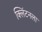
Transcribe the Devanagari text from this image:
क्लिंटनला